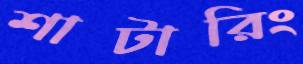
শাটারিং